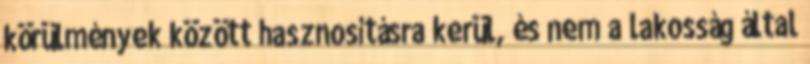
körülmények között hasznosításra kerül, és nem a lakosság által